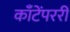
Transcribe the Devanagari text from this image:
काँटेंपररी